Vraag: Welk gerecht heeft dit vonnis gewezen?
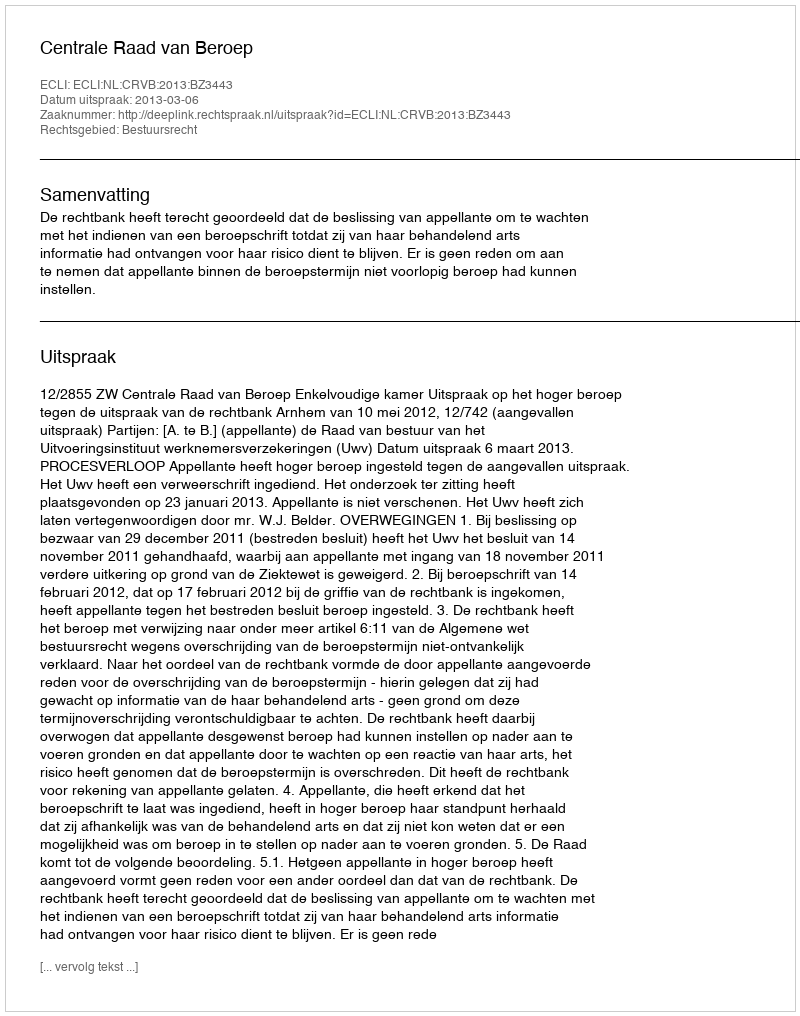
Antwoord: Centrale Raad van Beroep